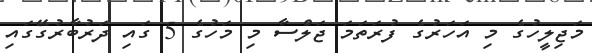
މަޖިލީހުގެ މި އަހަރުގެ ފުރަތަމަ ޖަލްސާ މި މަހުގެ 5 ގައި ދަރުބާރުގޭގައި